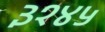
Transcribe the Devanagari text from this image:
३१४५